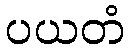
ပယတံ